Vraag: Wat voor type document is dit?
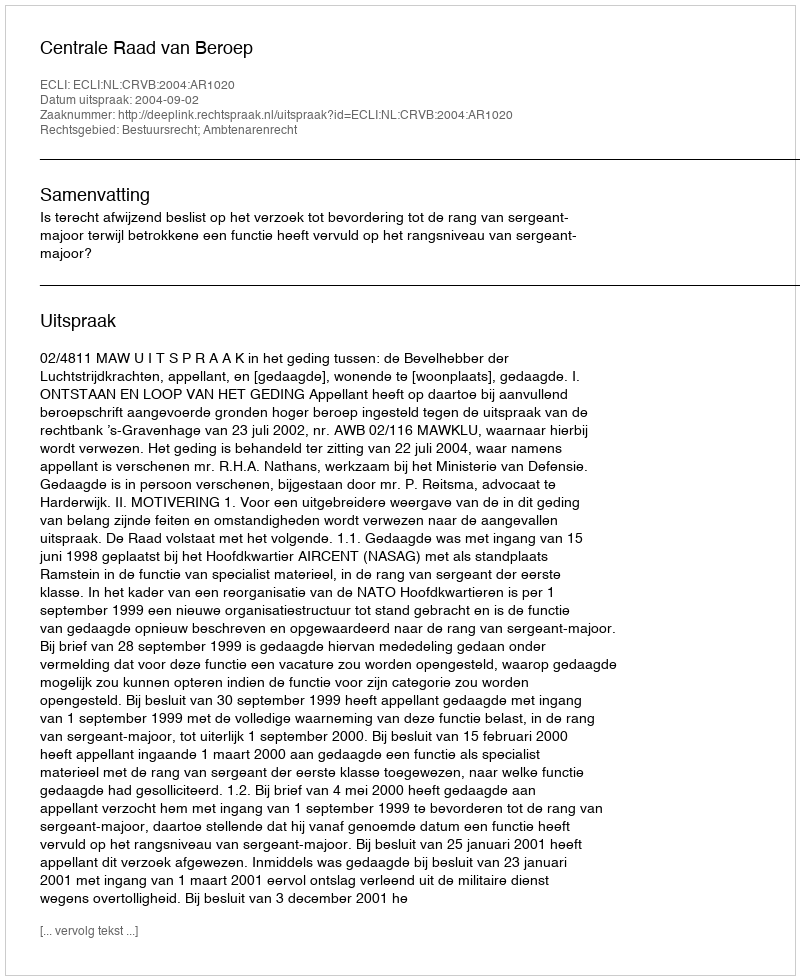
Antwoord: Uitspraak